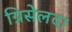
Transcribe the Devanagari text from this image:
ग्रिसेलदा